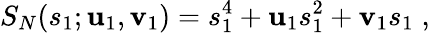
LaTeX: S_{N}(s_{1};\mathbf{u}_{1},\mathbf{v}_{1})=s_{1}^{4}+\mathbf{u}_{1}s_{1}^{2}+\mathbf{v}_{1}s_{1}\; ,